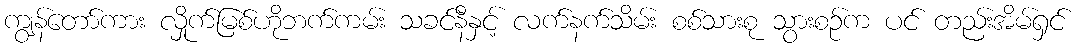
ကျွန်တော်ကား လှိုက်မြစ်ဟိုဘက်ကမ်း သခင်နီနှင့် လက်နက်သိမ်း စစ်သားစု သွားစဉ်က ပင် တည်းအိမ်ရှင်